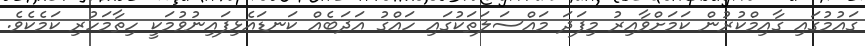
ގައުމުގައި ގާއިމްކުރުން ކަމަށްވާއިރު މިފަދަ މައްސަލަތަކުގައި ހައްގު އަދަބެއް ކަނޑައެޅިފައިނުވުމަކީ ހިތާމަހުރި ކަމެކެވެ.